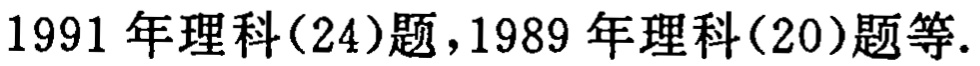
1991 年理科(24)题,1989 年理科(20)题等.